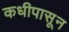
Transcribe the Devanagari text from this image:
कधीपासून